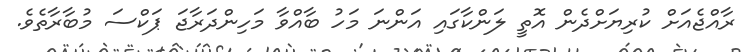
ރާއްޖެއަށް ކުރިޔަށްދެން އޮތީ ލަންކާގައި އަންނަ މަހު ބާއްވާ މަހިންދަރާޖަ ޕަކްސަ މުބާރާތެވެ.